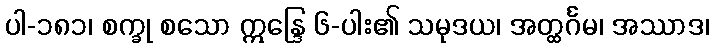
ပါ-၁၈၁၊ စက္ခု စသော ဣန္ဒြေ ၆-ပါး၏ သမုဒယ၊ အတ္ထင်္ဂမ၊ အဿာဒ၊